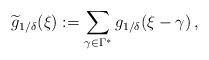
LaTeX: \begin{align*}\widetilde{g}_{1/\delta}(\xi):=\sum_{ \gamma\in \Gamma^*} g_{1/\delta}(\xi-\gamma)\,,\end{align*}